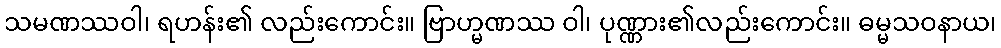
သမဏဿဝါ၊ ရဟန်း၏ လည်းကောင်း။ ဗြာဟ္မဏဿ ဝါ၊ ပုဏ္ဏား၏လည်းကောင်း။ ဓမ္မသဝနာယ၊